Vabadussoja_Ajaloo_Komitee, lk 26
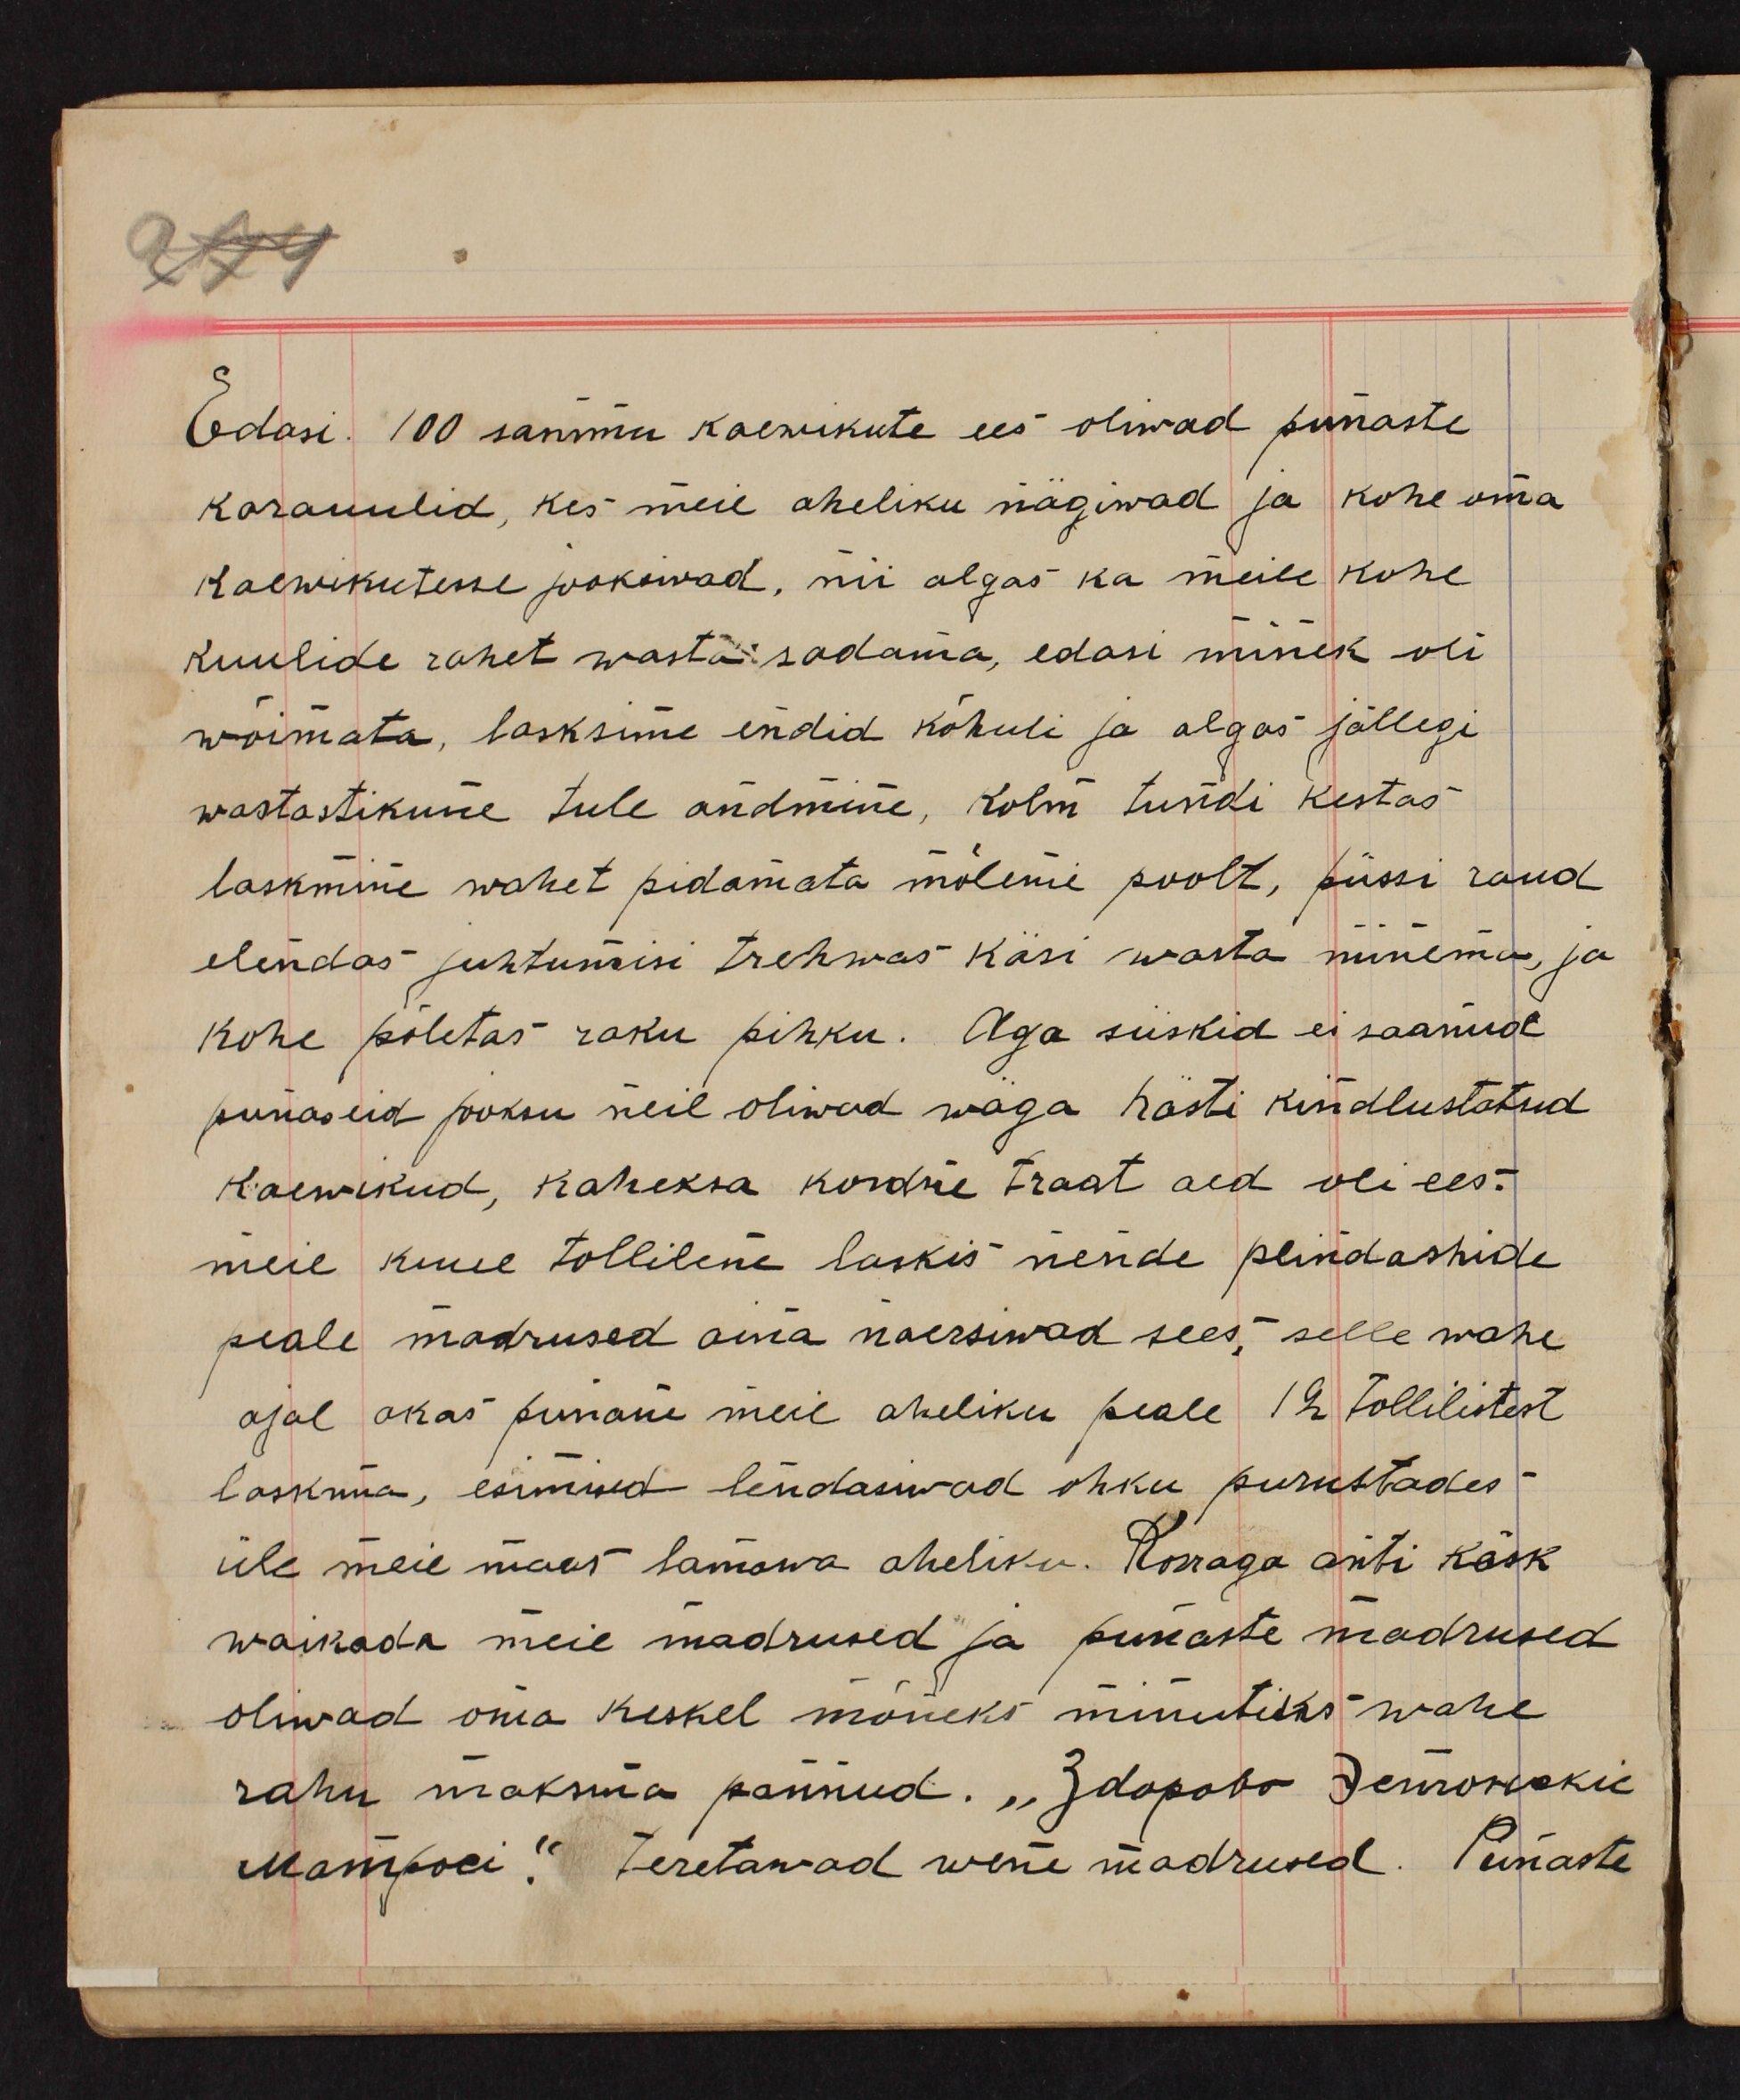
Edasi. 100 sammu kaewikute ees oliwad punastekarauulid, kes meie aheliku nägiwad ja kohe omakaewikutesse jooksiwad, nii algas ka meile kohekuulide rahet wasta sadama, edasi minek oliwõimata, lasksime endid kõhuli ja algas jällegiwastastikune tule andmine, kolm tundi kestaslaskmine wahet pidamata mõlemi poolt, püssi raudelendas juhtumisi trehwas käsi wasta minema jakohe põletas raku pihku. Aga siiskid ei saanudpunaseid jooksu neil oliwad wäga hästi kindlustatudkaewikud, kaheksa kordne traat aed oli ees.meie kuue tolliline laskis nende plindashidepeale madrused aina naersiwad sees, selle waheajal akas punane meie aheliku peale, 12 tollilistestlaskma, esimised lendasiwad õhku purustadesüle meie maas lamawa aheliku. Korraga anti käskwaikada meie madrused ja punaste madrusedoliwad oma keskel mõneks minutiks waherahu maksma pannud. "Здорово ЭстонскиеМатроси." teretawad wene madrused. Punaste